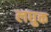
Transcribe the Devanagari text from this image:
लघुक